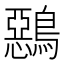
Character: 𪅴